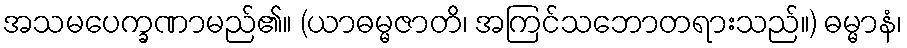
အသမပေက္ခဏာမည်၏။ (ယာဓမ္မဇာတိ၊ အကြင်သဘောတရားသည်။) ဓမ္မာနံ၊